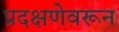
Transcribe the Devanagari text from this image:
प्रदक्षणेवरून